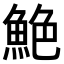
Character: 𫙙